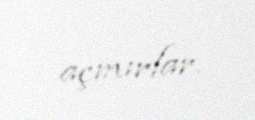
açmırlar.